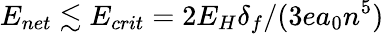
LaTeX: E_{net}\lesssim E_{crit}=2E_{H}\delta_{f}/(3ea_{0}n^{5})